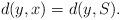
LaTeX: \begin{align*}d(y,x) = d(y,S).\end{align*}